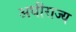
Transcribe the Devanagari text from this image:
अधीराज्य